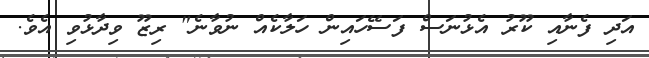
އަދި ފެނާއި ކޫރު އެޅުނަސް ފަސޭހައިން ހަލާކެއް ނުވާނެ" ރިޒޫ ވިދާޅުވި އެވެ.